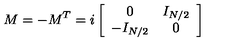
M = - M ^ { T } = i \left[ \begin{array} { c c } { 0 } & { I _ { N / 2 } } \\ { - I _ { N / 2 } } & { 0 } \\ \end{array} \right]